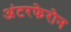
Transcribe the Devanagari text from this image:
अंटरफेरोन